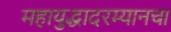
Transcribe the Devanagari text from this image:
महायुद्धादरम्यानचा